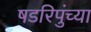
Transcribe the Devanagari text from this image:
षडरिपुंच्या